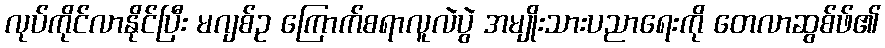
လုပ်ကိုင်လာနိုင်ပြီး မဂျစ်ဥ ကြောက်စရာလူလဲပွဲ အမျိုးသားပညာရေးကို တေလာဆွစ်ဖ်၏